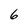
Character: 6